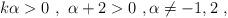
LaTeX: \begin{align*}k\alpha>0\ ,\ \alpha+2>0\ ,\alpha\not=-1,2\ ,\end{align*}